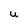
Character: U